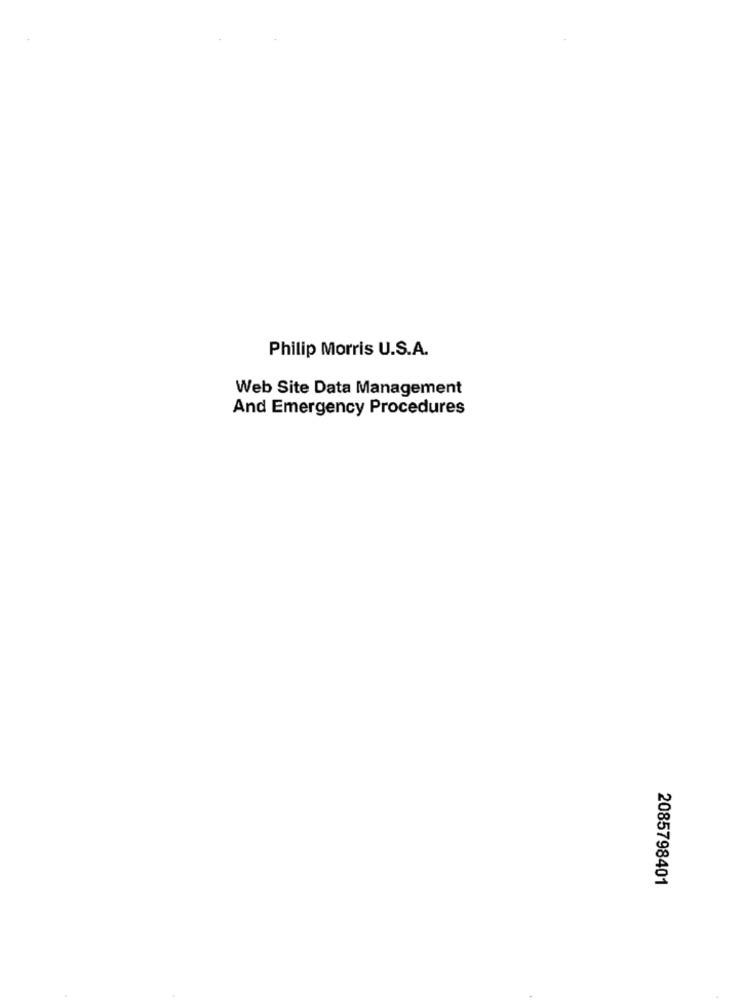
Philip Morris U.S.A.
Web Site Data Management
And Emergency Procedures
2085798401